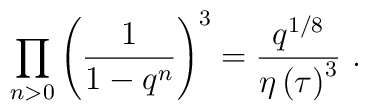
\prod_{n>0}\left( \frac{1}{1-q^{n}}\right) ^{3}=\frac{q^{1/8}}{\eta \left(\tau \right) ^{3}}\ .